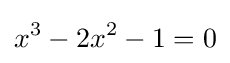
x^{3}-2x^{2}-1=0